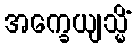
အက္ခေယျသ္မိံ